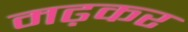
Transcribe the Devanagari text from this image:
मढ़कर